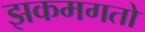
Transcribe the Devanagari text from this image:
झकमगतो